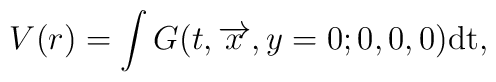
V(r)=\int G(t,\overrightarrow{x},y=0;0,0,0)\rm{d}t,